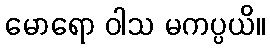
မောရော ဝါသ မကပ္ပယိ။